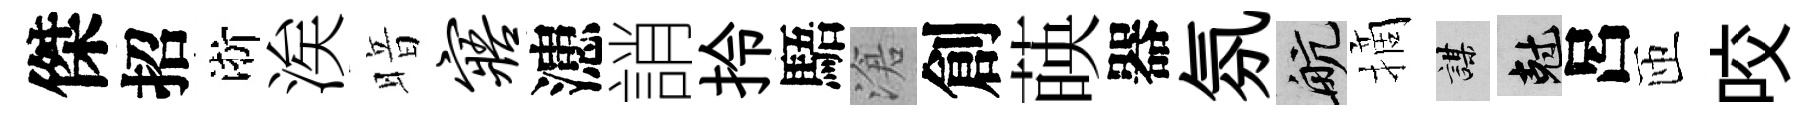
傑招淅涘暗寤漶誚拎䮏滄創𦴤器氛航摘謀剋呂匝咬